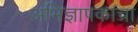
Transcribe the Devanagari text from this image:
अभिज्ञापकाचा